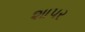
શાપર